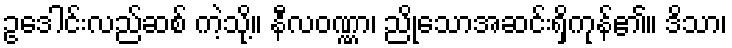
ဥဒေါင်းလည်ဆစ် ကဲ့သို့။ နီလဝဏ္ဏာ၊ ညိုသောအဆင်းရှိကုန်၏။ ဒိသာ၊